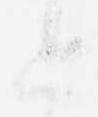
と